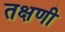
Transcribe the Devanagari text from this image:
तक्षणी